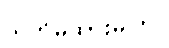
သတိမထားမိကြ။